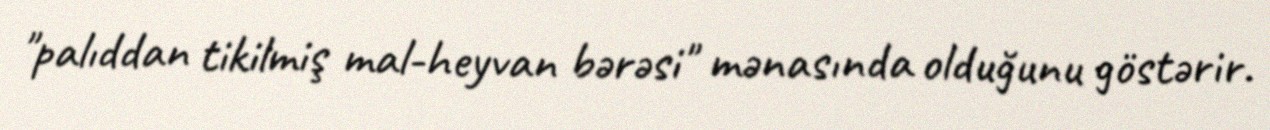
"palıddan tikilmiş mal-heyvan bərəsi" mənasında olduğunu göstərir.